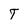
Character: T